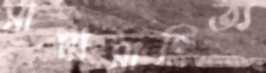
সাম্যসাহিত্য